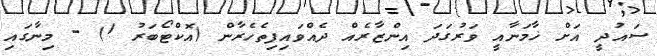
ސައުދީ އަށް ޚާމަނާއީ ވަރުގަދަ އިންޒާރެއް ދެއްވައިފިތެހެރާން (އޮކްޓޯބަރު 1) - މިނާގައި